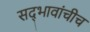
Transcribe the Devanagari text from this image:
सद्‍भावांचीच